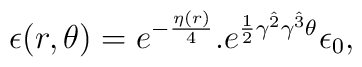
\epsilon(r,\theta)=e^{-{\eta(r)\over4}}.e^{{1\over2}\gamma^{\hat{2}}\gamma^{\hat{3}}\theta}\epsilon_0,